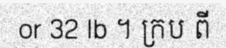
or 32 lb ។ ក្រប ពី